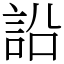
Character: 䛇